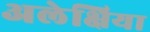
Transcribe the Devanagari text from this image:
अलेक्षिया